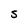
Character: S